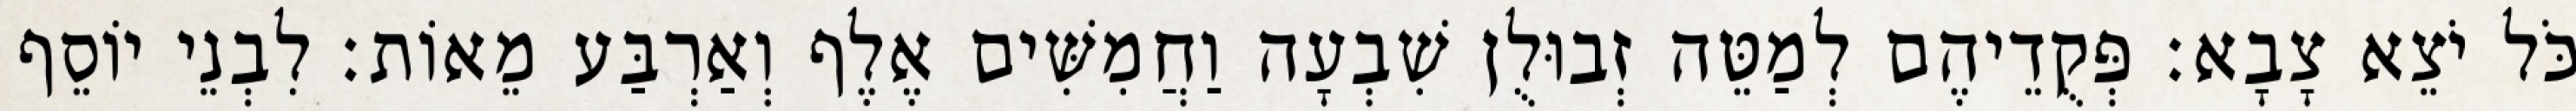
כֹּל יֹצֵא צָבָא׃ פְּקֻדֵיהֶם לְמַטֵּה זְבוּלֻן שִׁבְעָה וַחֲמִשִּׁים אֶלֶף וְאַרְבַּע מֵאוֹת׃ לִבְנֵי יוֹסֵף